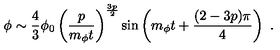
\phi \sim \frac { 4 } { 3 } \phi _ { 0 } \left( \frac { p } { m _ { \phi } t } \right) ^ { \frac { 3 p } { 2 } } \sin \left( m _ { \phi } t + \frac { ( 2 - 3 p ) \pi } { 4 } \right) \ .